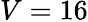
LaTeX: V=16